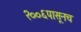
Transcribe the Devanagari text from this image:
२००६पासूनच